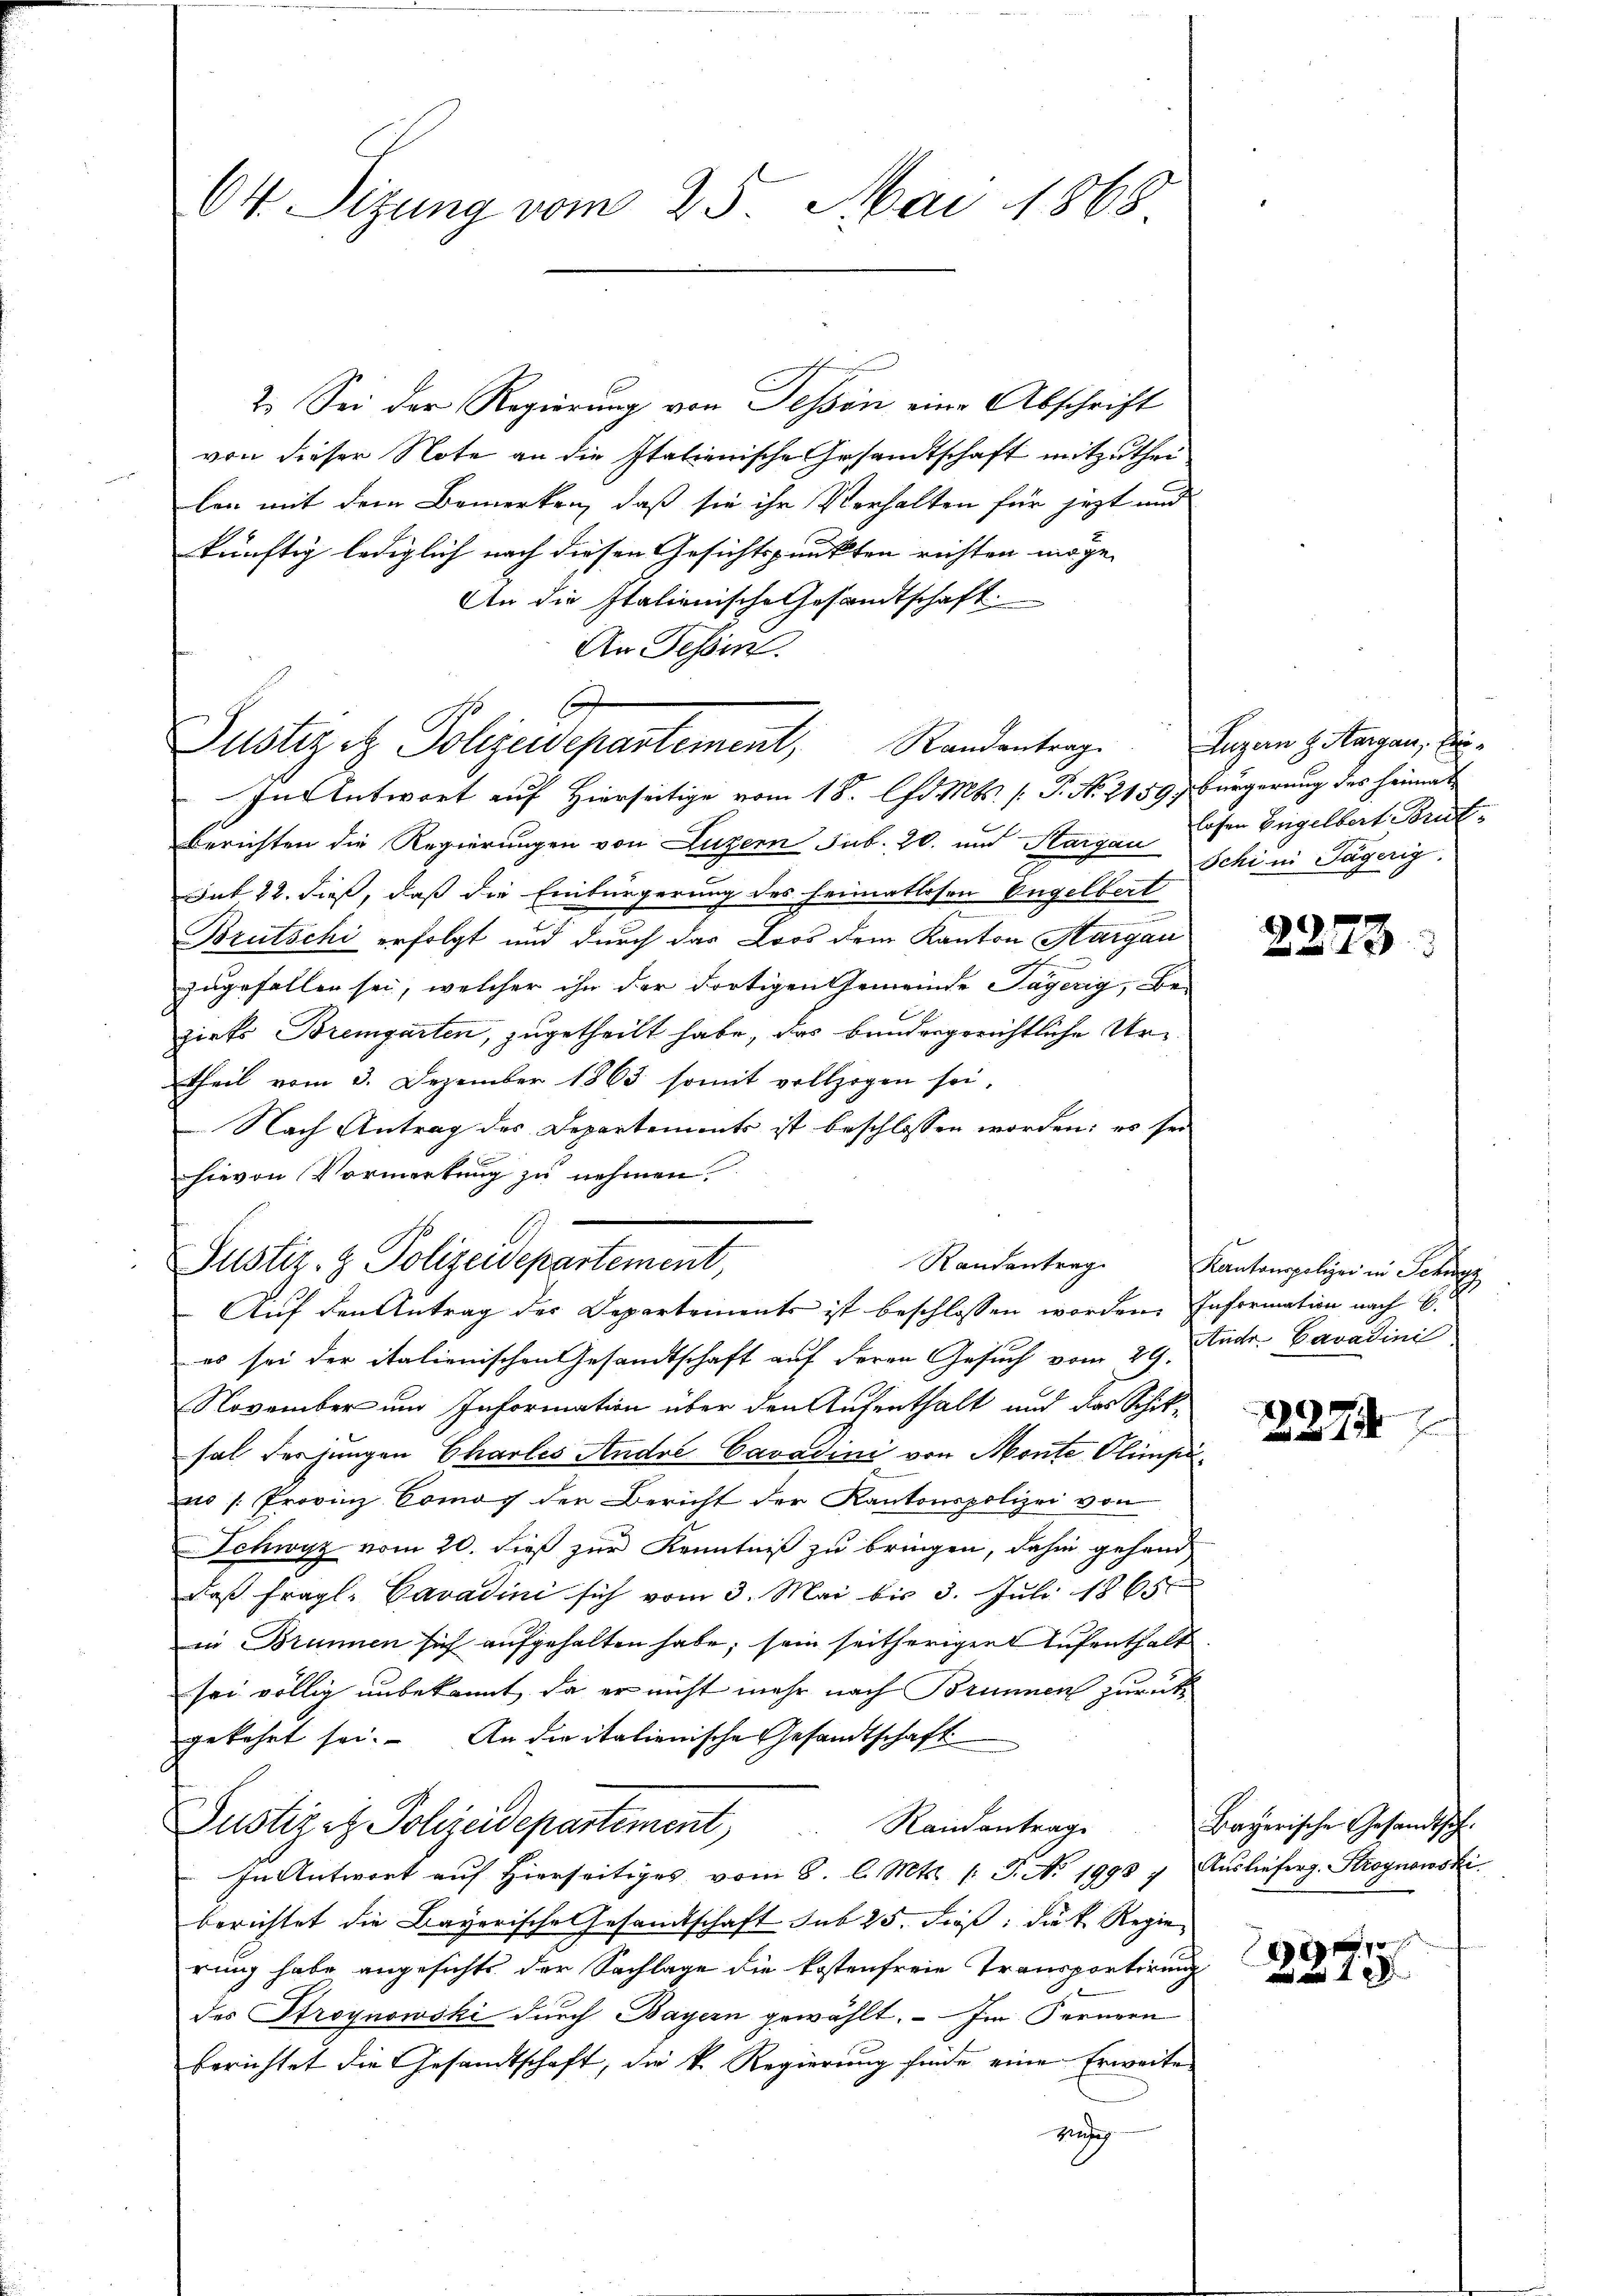
64. Sitzung vom 25. Mai 1868

2. Sei der Regierung von Tessin eine Abschrift
von dieser Note an die Italienische Gesandtschaft mitzutheilen mit dem Bemerken, daß sie ihr Verhalten für jezt und
künftig lediglich nach diesen Gesichtspunkten richten möge. |
An die Italienische Gesandtschaft
An Tessin.
In Antwort auf Hierseitige vom 18. d. Mts. [ P. No. 2159 Bürgerung des Heimat
Berichten die Regierungen von Luzern sub. 20. und Sargau Schi in Tägerig
Sub 22. dieß, daß die Einbürgerung des heimatlosen Engelbert
Brutschi erfolgt und durch das Loos dem Kanton Margau
zugefallen sei, welcher ihn der dortigen Gemeinde Jägerig, Be-
zirks Bremgarten, zugetheilt habe, das bandergerichtliche Urtheil vom 3. Dezember 1863 somit vollzogen sei,
Nach Antrag des Departements ist beschlossen worden; es sei
l
hievon Vormerkung zu nehmen.
Randantrag
Auf den Antrag der Departements ist beschlossen worden. Information nach C.
es sei der italienischen Gesandtschaft auf deren Gesuch vom 29. Jur. Cavadini
November und Information über den Aufenthalt und das Schiksal der jungen Charles Andre Cavadini von Monte Olipin /: Provinz Comoy den Bericht der Kantonspolizei von
Schwyz vom 20. dieß zur Kenntniß zu bringen, dahin gehend
daß fragl. Cavadini sich vom 3. Mai bis 3. Juli 1865
in Brunnen sich aufgehalten habe, sein seitherigen Aufenthalt.
sei völlig unbekannt, da er nicht mehr nach Brunnen zurückgekehrt sei. An die italienische Gesandtschaft
Justizit Polizeidepartement Randantrage
In Antwort auf Hierseitiges vom 8. l. Mts. (: J. No 1993 7. Auslieferg. Kroynowski
berichtet die Bayerische Gesandtschaft sub 25. dieß, die Regierung habe angesichts der Sachlage die kostenfreie Transportirung
des Stroynowski durch Bayern gewählt. - Im Fernern
berichtet die Gesandtschaft, die k. Regierung finde eine Erweite
geig

t
Justiz & Polizeidepartement, Randantrag

Justiz- & Polizeidepartement,

Luzern H. Aargau, Er
losen Engelbert Brust¬

2273.

Kantonspolizei in Schwyz

2274

Bayerische Gesandtsch.

1
 a 4 x